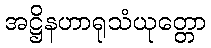
အဋ္ဌိနဟာရုသံယုတ္တော